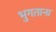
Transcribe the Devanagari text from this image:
भुगताना